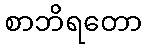
စာဘိရတော